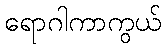
ရောဂါကာကွယ်